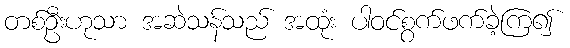
တစ်ဦးဟုသာ အဆဲသန်သည် အထုံး ပါဝင်စွက်ဖက်ခဲ့ကြ၍